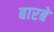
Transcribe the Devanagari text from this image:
बारबे